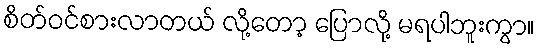
စိတ်ဝင်စားလာတယ် လို့တော့ ပြောလို့ မရပါဘူးကွာ။